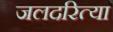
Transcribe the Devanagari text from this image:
जलदरित्या